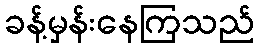
ခန့်မှန်းနေကြသည်